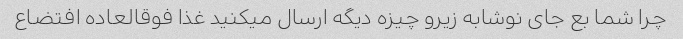
چرا شما بع جای نوشابه زیرو چیزه دیگه ارسال میکنید غذا فوقالعاده افتضاع